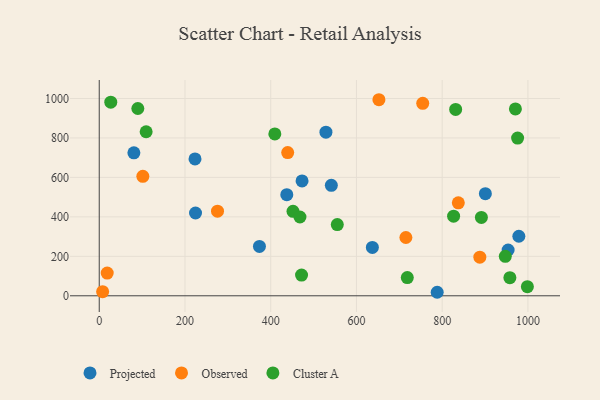
{"axis": {"x": "Price", "y": "Yield"}, "legend": ["Cluster A", "Observed", "Projected"], "data": [{"x": "373.7", "y": 250.0, "type": "Projected"}, {"x": "953.8", "y": 232.0, "type": "Projected"}, {"x": "541.4", "y": 559.7, "type": "Projected"}, {"x": "223.4", "y": 693.9, "type": "Projected"}, {"x": "900.7", "y": 517.6, "type": "Projected"}, {"x": "224.6", "y": 419.6, "type": "Projected"}, {"x": "978.8", "y": 301.9, "type": "Projected"}, {"x": "528.8", "y": 829.4, "type": "Projected"}, {"x": "473.1", "y": 582.2, "type": "Projected"}, {"x": "637.1", "y": 245.1, "type": "Projected"}, {"x": "80.8", "y": 724.4, "type": "Projected"}, {"x": "788.3", "y": 17.8, "type": "Projected"}, {"x": "437.5", "y": 512.3, "type": "Projected"}, {"x": "652.4", "y": 993.8, "type": "Observed"}, {"x": "754.6", "y": 975.6, "type": "Observed"}, {"x": "101.7", "y": 605.4, "type": "Observed"}, {"x": "7.9", "y": 20.8, "type": "Observed"}, {"x": "275.9", "y": 428.7, "type": "Observed"}, {"x": "837.6", "y": 471.2, "type": "Observed"}, {"x": "18.6", "y": 115.1, "type": "Observed"}, {"x": "887.8", "y": 195.7, "type": "Observed"}, {"x": "439.6", "y": 725.7, "type": "Observed"}, {"x": "715.3", "y": 295.5, "type": "Observed"}, {"x": "452.0", "y": 428.0, "type": "Cluster A"}, {"x": "90.0", "y": 949.3, "type": "Cluster A"}, {"x": "555.3", "y": 360.9, "type": "Cluster A"}, {"x": "471.9", "y": 104.9, "type": "Cluster A"}, {"x": "957.9", "y": 91.9, "type": "Cluster A"}, {"x": "718.6", "y": 92.1, "type": "Cluster A"}, {"x": "109.4", "y": 831.5, "type": "Cluster A"}, {"x": "468.2", "y": 399.3, "type": "Cluster A"}, {"x": "970.8", "y": 947.0, "type": "Cluster A"}, {"x": "891.4", "y": 397.3, "type": "Cluster A"}, {"x": "831.4", "y": 944.7, "type": "Cluster A"}, {"x": "998.7", "y": 46.2, "type": "Cluster A"}, {"x": "826.6", "y": 403.7, "type": "Cluster A"}, {"x": "26.9", "y": 981.2, "type": "Cluster A"}, {"x": "975.9", "y": 799.2, "type": "Cluster A"}, {"x": "409.6", "y": 820.4, "type": "Cluster A"}, {"x": "947.2", "y": 199.8, "type": "Cluster A"}]}